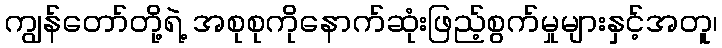
ကျွန်တော်တို့ရဲ့ အစုစုကိုနောက်ဆုံးဖြည့်စွက်မှုများနှင့်အတူ၊